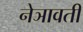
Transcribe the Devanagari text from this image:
नेञावती